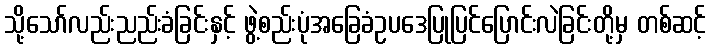
သို့သော်လည်းညည်းခံခြင်းနှင့် ဖွဲ့စည်းပုံအခြေခံဥပဒေပြုပြင်ပြောင်းလဲခြင်းတို့မှ တစ်ဆင့်